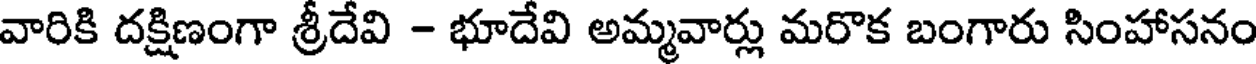
వారికి దక్షిణంగా శ్రీదేవి - భూదేవి అమ్మవార్లు మరొక బంగారు సింహాసనం